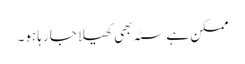
ممکن ہے سٹہ بھی کھیلا جا رہا ہو۔